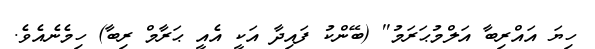
ހިޔަ އައްރިބާ އަލްމުޙަރަމު'' (ބޭންކު ފައިދާ އަކީ އެއީ ޙަރާމް ރިބާ) ހިމެނެއެވެ.